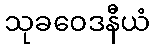
သုခဝေဒနီယံ